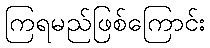
ကြရမည်ဖြစ်ကြောင်း